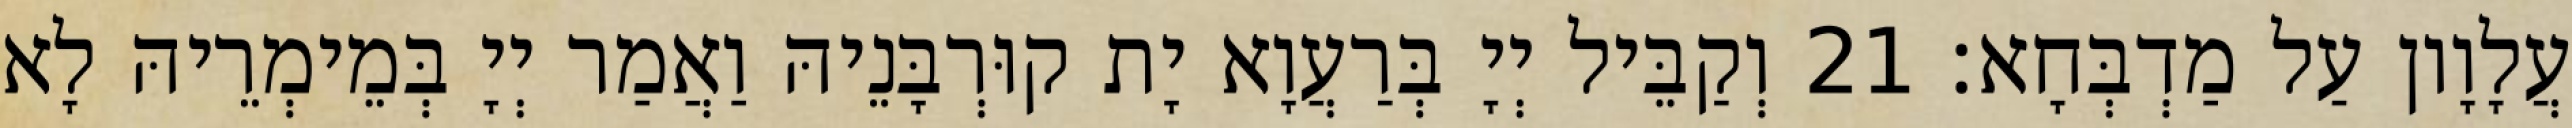
עֲלָוָון עַל מַדְבְּחָא׃ 21 וְקַבֵּיל יְיָ בְּרַעֲוָא יָת קוּרְבָּנֵיהּ וַאֲמַר יְיָ בְּמֵימְרֵיהּ לָא